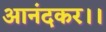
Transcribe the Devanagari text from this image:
आनंदकर।।